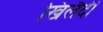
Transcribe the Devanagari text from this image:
खिलैदी